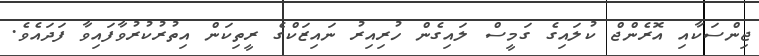
ޖިންސަކާއި އޮރެންޖް ކުލައިގެ ގަމީސް ލައިގެން ހުރިއިރު ނައިޒަކްގެ ރީތިކަން އިތުރުކުރުވާފައިވާ ފަދައެވެ.